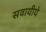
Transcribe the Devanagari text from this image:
सवायीये